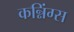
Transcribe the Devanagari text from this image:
कन्निंग्स